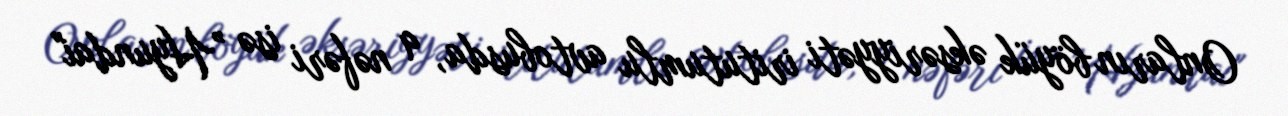
Onların böyük əksəriyyəti iritutumlu avtobusda, 9 nəfəri isə ”Hyundai"